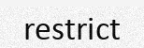
restrict